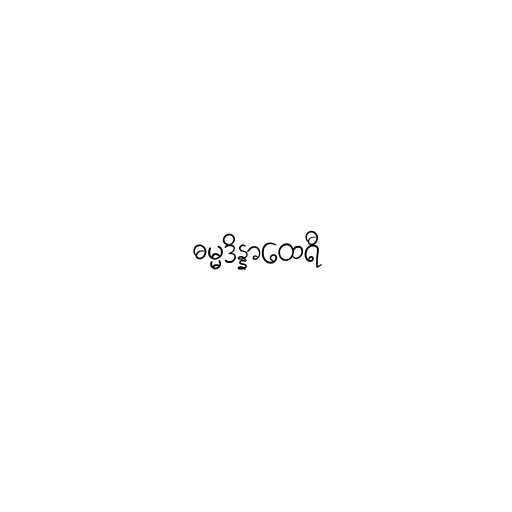
ဓမ္မဒိန္နာထေရီ